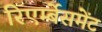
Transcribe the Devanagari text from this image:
रिएर्म्बेसमेंट